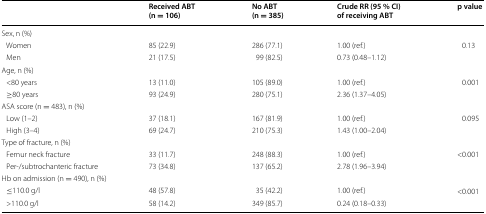
<table><thead><tr><td></td><td><b>Received ABT (n = 106)</b></td><td><b>No ABT (n = 385)</b></td><td><b>Crude RR (95 % CI) of receiving ABT</b></td><td><b>p value</b></td></tr></thead><tbody><tr><td colspan="5">Sex, n (%)</td></tr><tr><td> Women</td><td>85 (22.9)</td><td>286 (77.1)</td><td>1.00 (ref.)</td><td rowspan="2">0.13</td></tr><tr><td> Men</td><td>21 (17.5)</td><td>99 (82.5)</td><td>0.73 (0.48–1.12)</td></tr><tr><td colspan="5">Age, n (%)</td></tr><tr><td> &lt;80 years</td><td>13 (11.0)</td><td>105 (89.0)</td><td>1.00 (ref.)</td><td rowspan="2">0.001</td></tr><tr><td> ≥80 years</td><td>93 (24.9)</td><td>280 (75.1)</td><td>2.36 (1.37–4.05)</td></tr><tr><td colspan="5">ASA score (n = 483), n (%)</td></tr><tr><td> Low (1–2)</td><td>37 (18.1)</td><td>167 (81.9)</td><td>1.00 (ref.)</td><td rowspan="2">0.095</td></tr><tr><td> High (3–4)</td><td>69 (24.7)</td><td>210 (75.3)</td><td>1.43 (1.00–2.04)</td></tr><tr><td colspan="5">Type of fracture, n (%)</td></tr><tr><td> Femur neck fracture</td><td>33 (11.7)</td><td>248 (88.3)</td><td>1.00 (ref.)</td><td rowspan="2">&lt;0.001</td></tr><tr><td> Per-/subtrochanteric fracture</td><td>73 (34.8)</td><td>137 (65.2)</td><td>2.78 (1.96–3.94)</td></tr><tr><td colspan="5">Hb on admission (n = 490), n (%)</td></tr><tr><td> ≤110.0 g/l</td><td>48 (57.8)</td><td>35 (42.2)</td><td>1.00 (ref.)</td><td rowspan="2">&lt;0.001</td></tr><tr><td> &gt;110.0 g/l</td><td>58 (14.2)</td><td>349 (85.7)</td><td>0.24 (0.18–0.33)</td></tr></tbody></table>